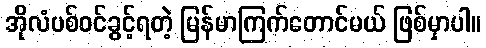
အိုလံပစ်ဝင်ခွင့်ရတဲ့ မြန်မာကြက်တောင်မယ် ဖြစ်မှာပါ။